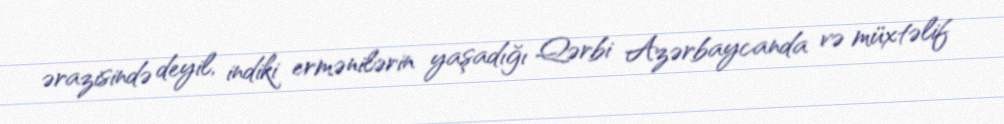
ərazisində deyil, indiki ermənilərin yaşadığı Qərbi Azərbaycanda və müxtəlif